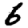
Digit: 6